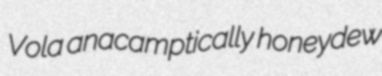
Vola anacamptically honeydew